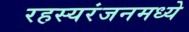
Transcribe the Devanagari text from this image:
रहस्यरंजनमध्ये